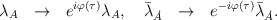
\begin{align*}\lambda_A~~\rightarrow~~e^{i\varphi(\tau)}\lambda_A, \quad\bar\lambda_{\dot A}~~\rightarrow~~e^{-i\varphi(\tau)}\bar\lambda_{\dot A}.\end{align*}